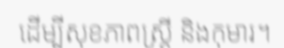
ដើម្បីសុខភាពស្ត្រី និងកុមារ។